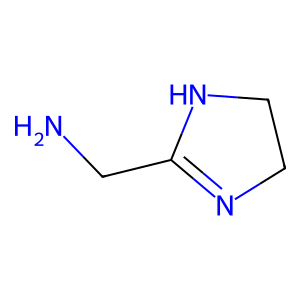
SMILES: NCC1=NCCN1
Inhibits HIV replication: No